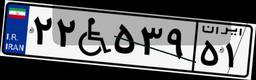
۲۲W۵۳۹۵۱